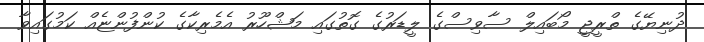
ދުނިޔޭގެ ތްރީޖީ މޯބައިލް ސާވިސްގެ ލީޑަރުގެ ގޮތުގައި މަޝްހޫރު އެމެރިކާގެ ކުންފުންޏެއް ކަމުގައިވާ